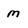
Character: m